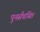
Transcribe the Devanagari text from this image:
पुनर्संचयित